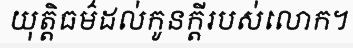
យុត្តិធម៌ដល់កូនក្តីរបស់លោក។